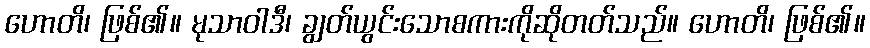
ဟောတိ၊ ဖြစ်၏။ မုသာဝါဒီ၊ ချွတ်ယွင်းသောစကားကိုဆိုတတ်သည်။ ဟောတိ၊ ဖြစ်၏။